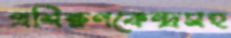
প্রশিক্ষণকেন্দ্রসহ